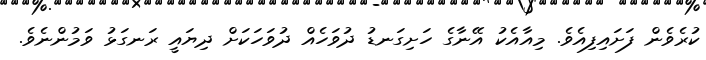
ކުރެވެން ފަށައިފިއެވެ. މިއާއެކު އޭނާގެ ހަށިގަނޑު ދުވަހެއް ދުވަހަކަށް ދިޔައީ ރަނގަޅު ވަމުންނެވެ.